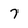
Character: 7